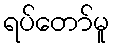
ရပ်တော်မူ